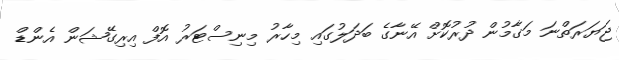
ޖަޔަރަތްނަ މަގާމުން ދުރުކޮށް އޭނާގެ ބަދަލުގައި މިހާރު މިނިސްޓަރު އޮފް އިރިގޭޝަން އެންޑް